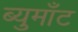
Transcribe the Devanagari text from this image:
ब्युमाँट